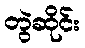
တွဲဆိုင်း